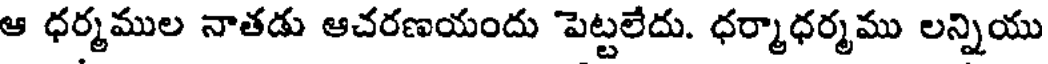
ఆ ధర్మముల నాతడు ఆచరణయందు పెట్టలేదు. ధర్మాధర్మము లన్నియు